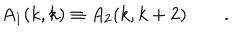
LaTeX: A _ { 1 } ( k , k ) \equiv A _ { 2 } ( k , k + 2 ) \qquad .